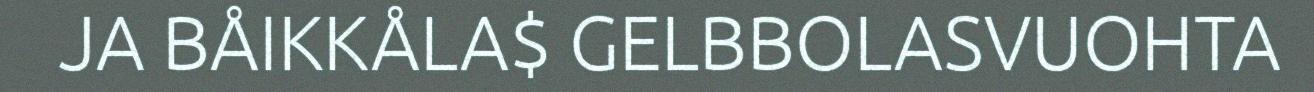
JA BÅIKKÅLA$ GELBBOLASVUOHTA